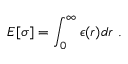
E [ \sigma ] = \int _ { 0 } ^ { \infty } \epsilon ( r ) d r \, \, .